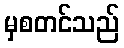
မှစတင်သည်